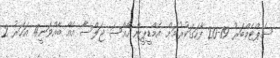
ސެޕްޓެމްބަރު 19-20 ފާހަގަކުރުމަށް އެމްޑީޕީން ހާއްސަ ޖަލްސާ އެއް ބާއްވަނީ4 އަހަރު 2